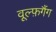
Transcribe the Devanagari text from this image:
वूल्फ़गैंग